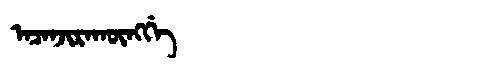
Manchu: ᠠᠴᠠᠨᠵᡳᡵᠠᡴᡡᠩᡤᡝ
Romanization: ACANJIRAKŪNGGE